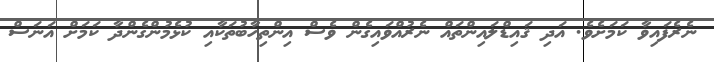
ނެރެފައިވާ ކަމަށެވެ. އަދި ޤައިޑްލައިންތައް ނެރުއްވައިގެން ވެސް އިންތިހާބުތަކާއި ކުޅެމުންގެންދާ ކަމަށް އަނަސް